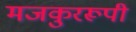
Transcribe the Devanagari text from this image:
मजकुररूपी